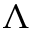
\Lambda